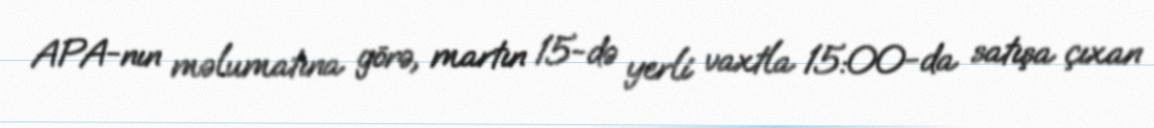
APA-nın məlumatına görə, martın 15-də yerli vaxtla 15:00-da satışa çıxan